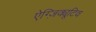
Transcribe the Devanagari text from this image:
ऐग्ज़िक्यूटिव